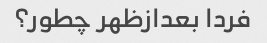
فردا بعدازظهر چطور؟